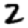
Digit: 2